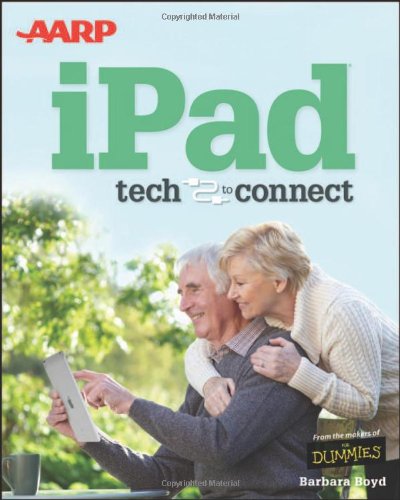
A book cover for AARP iPad: Tech to Connect; Barbara Boyd; Computers & Technology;